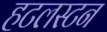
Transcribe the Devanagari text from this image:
हटलस्टन